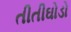
તીતીઘોડો